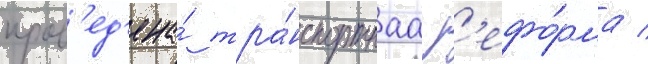
пров'ед'ена́ тра́нспортнаа р'ефо́рма /